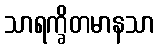
သာရက္ခိတမာနသာ